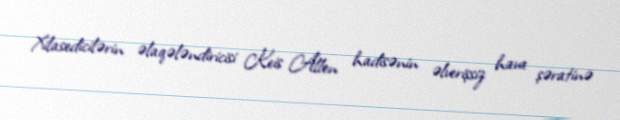
Xilasedicilərin əlaqələndiricisi Keis Allen hadisənin əlverişsiz hava şəratinə